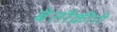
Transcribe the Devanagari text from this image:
बेतौक़ीरी